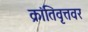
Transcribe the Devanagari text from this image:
क्रांतिवृत्तवर